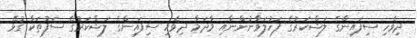
ދިވެހި ސިފައިންގެ ލަޝްކަރުގެ ފަހުލަވާނުންނާއި މާދަމާ ދިވެހި ސިފައިންގެ ލަޝްކަރުގެ ސަފުތަކާ ގުޅޭ